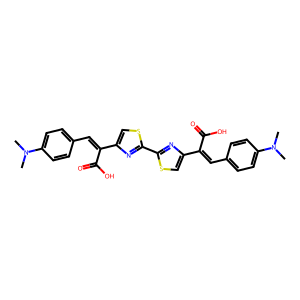
SMILES: CN(C)c1ccc(C=C(C(=O)O)c2csc(-c3nc(C(=Cc4ccc(N(C)C)cc4)C(=O)O)cs3)n2)cc1
Inhibits HIV replication: No